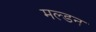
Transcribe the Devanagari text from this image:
मल्‍डन